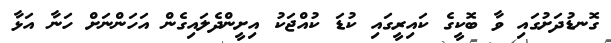
ގޮނޑުދަށުގައި ވާ ބޮކީގެ ކައިރީގައި ކުޑަ ކުއްޖަކު އިށީންދެލައިގެން އަހަންނަށް ހަނާ އަޅާ